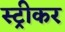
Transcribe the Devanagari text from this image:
स्ट्रीकर